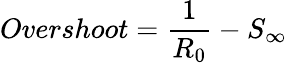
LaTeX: Overshoot=\frac{1}{R_{0}}-S_{\infty}